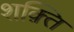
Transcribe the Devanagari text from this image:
शक़्ति